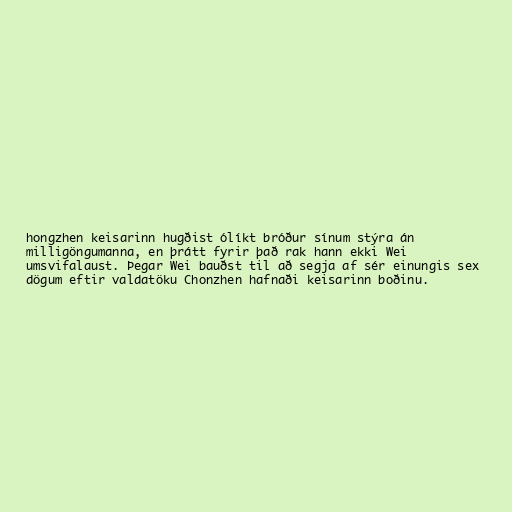
hongzhen keisarinn hugðist ólíkt bróður sínum stýra án
milligöngumanna, en þrátt fyrir það rak hann ekki Wei
umsvifalaust. Þegar Wei bauðst til að segja af sér einungis sex
dögum eftir valdatöku Chonzhen hafnaði keisarinn boðinu.